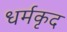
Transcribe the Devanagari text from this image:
धर्मकृद